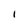
Character: I